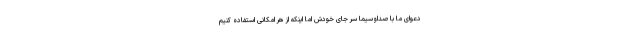
دعوای ما با صداوسیما سر جای خودش اما اینکه از هر امکانی استفاده کنیم